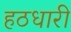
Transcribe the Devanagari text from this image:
हठधारी